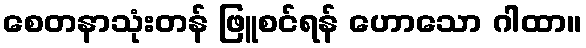
စေတနာသုံးတန် ဖြူစင်ရန် ဟောသော ဂါထာ။